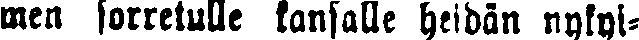
men sorretulle kansalle heidän nykyi-